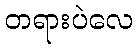
တရားပဲလေ